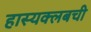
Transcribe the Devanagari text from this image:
हास्यक्लबची